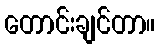
တောင်းချင်တာ။